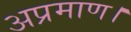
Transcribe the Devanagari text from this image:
अप्रमाण।